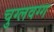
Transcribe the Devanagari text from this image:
चुग्लवग्ग